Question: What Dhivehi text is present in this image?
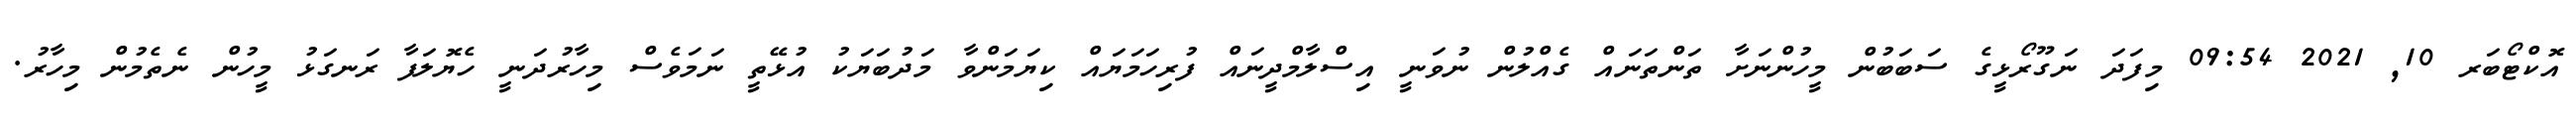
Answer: އޮކްޓޯބަރ 10, 2021 09:54 މިފަދަ ނަގޫރޯޅީގެ ސަބަބުން މީހުންނަށާ ތަންތަނައް ގެއްލުން ނުވަނީ އިސްލާމްދީނައް ފުރިހަމަޔައް ކިޔަމަންވާ މަދުބަޔަކު އުޅޭތީ ނަމަވެސް މިހާރުދަނީ ހެޔޮލަފާ ރަނގަޅު މީހުން ނެތެމުން މިހާރު.